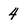
Character: 4